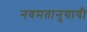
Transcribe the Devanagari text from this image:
नवमतानुयायी